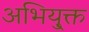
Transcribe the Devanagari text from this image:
अभियु्क्त